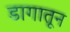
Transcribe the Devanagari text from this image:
डागातून